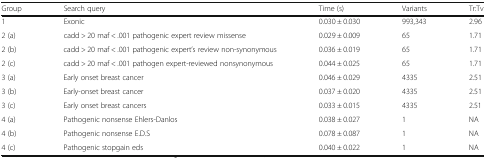
<table><thead><tr><td><b>Group</b></td><td><b>Search query</b></td><td><b>Time (s)</b></td><td><b>Variants</b></td><td><b>Tr:Tv</b></td></tr></thead><tbody><tr><td>1</td><td>Exonic</td><td>0.030 ± 0.030</td><td>993,343</td><td>2.96</td></tr><tr><td>2 (a)</td><td>cadd &gt; 20 maf &lt; .001 pathogenic expert review missense</td><td>0.029 ± 0.009</td><td>65</td><td>1.71</td></tr><tr><td>2 (b)</td><td>cadd &gt; 20 maf &lt; .001 pathogenic expert’s review non-synonymous</td><td>0.036 ± 0.019</td><td>65</td><td>1.71</td></tr><tr><td>2 (c)</td><td>cadd &gt; 20 maf &lt; .001 pathogen expert-reviewed nonsynonymous</td><td>0.044 ± 0.025</td><td>65</td><td>1.71</td></tr><tr><td>3 (a)</td><td>Early onset breast cancer</td><td>0.046 ± 0.029</td><td>4335</td><td>2.51</td></tr><tr><td>3 (b)</td><td>Early-onset breast cancer</td><td>0.037 ± 0.020</td><td>4335</td><td>2.51</td></tr><tr><td>3 (c)</td><td>Early onset breast cancers</td><td>0.033 ± 0.015</td><td>4335</td><td>2.51</td></tr><tr><td>4 (a)</td><td>Pathogenic nonsense Ehlers-Danlos</td><td>0.038 ± 0.027</td><td>1</td><td>NA</td></tr><tr><td>4 (b)</td><td>Pathogenic nonsense E.D.S</td><td>0.078 ± 0.087</td><td>1</td><td>NA</td></tr><tr><td>4 (c)</td><td>Pathogenic stopgain eds</td><td>0.040 ± 0.022</td><td>1</td><td>NA</td></tr></tbody></table>